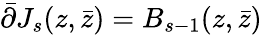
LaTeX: \bar{\partial}J_{s}(z,\bar{z})=B_{s-1}(z,\bar{z})